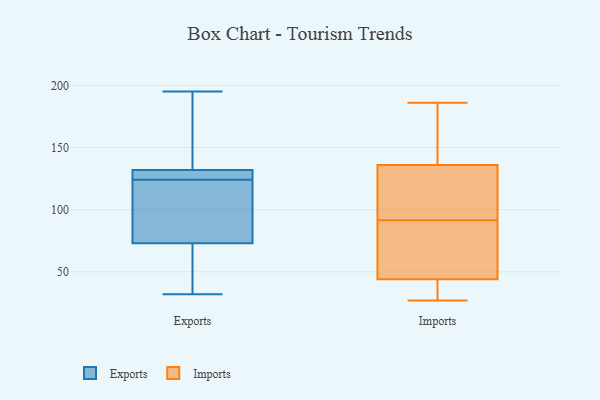
{"axis": {"x": "Revenue (USD Million)", "y": "Value"}, "legend": ["Exports", "Imports"], "data": [{"x": "", "y": 195, "type": "Exports"}, {"x": "", "y": 60, "type": "Exports"}, {"x": "", "y": 32, "type": "Exports"}, {"x": "", "y": 132, "type": "Exports"}, {"x": "", "y": 88, "type": "Exports"}, {"x": "", "y": 188, "type": "Exports"}, {"x": "", "y": 123, "type": "Exports"}, {"x": "", "y": 125, "type": "Exports"}, {"x": "", "y": 73, "type": "Exports"}, {"x": "", "y": 132, "type": "Exports"}, {"x": "", "y": 27, "type": "Imports"}, {"x": "", "y": 44, "type": "Imports"}, {"x": "", "y": 148, "type": "Imports"}, {"x": "", "y": 106, "type": "Imports"}, {"x": "", "y": 77, "type": "Imports"}, {"x": "", "y": 109, "type": "Imports"}, {"x": "", "y": 28, "type": "Imports"}, {"x": "", "y": 61, "type": "Imports"}, {"x": "", "y": 136, "type": "Imports"}, {"x": "", "y": 186, "type": "Imports"}]}